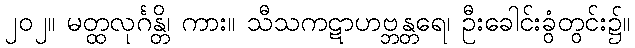
၂၀၂။ မတ္ထလုင်္ဂန္တိ၊ ကား။ သီသကဋာဟဗ္ဘန္တရေ၊ ဦးခေါင်းခွံတွင်း၌။